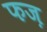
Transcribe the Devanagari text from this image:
फज़